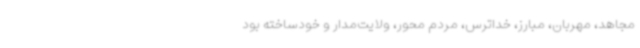
مجاهد، مهربان، مبارز، خداترس، مردم محور، ولایت‌مدار و خودساخته بود